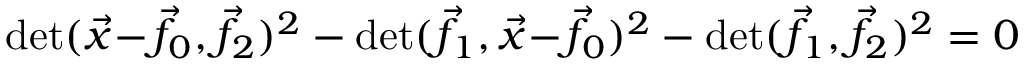
\operatorname* { d e t } ( { \vec { x } } \! - \! { \vec { f } } \! _ { 0 } , { \vec { f } } \! _ { 2 } ) ^ { 2 } - \operatorname* { d e t } ( { \vec { f } } \! _ { 1 } , { \vec { x } } \! - \! { \vec { f } } \! _ { 0 } ) ^ { 2 } - \operatorname* { d e t } ( { \vec { f } } \! _ { 1 } , { \vec { f } } \! _ { 2 } ) ^ { 2 } = 0